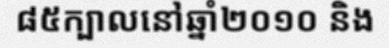
៨៥ក្បាលនៅឆ្នាំ២០១០ និង